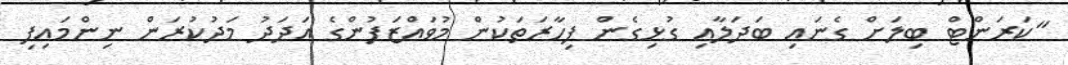
"ކަރަންޓް ބިލަށް ގެނައި ބަދަލާއި ގުޅިގެން ފިހާރަތަކުން މުވައްޒަފުންގެ އަދަދު މަދުކުރަން ނިންމައިފި